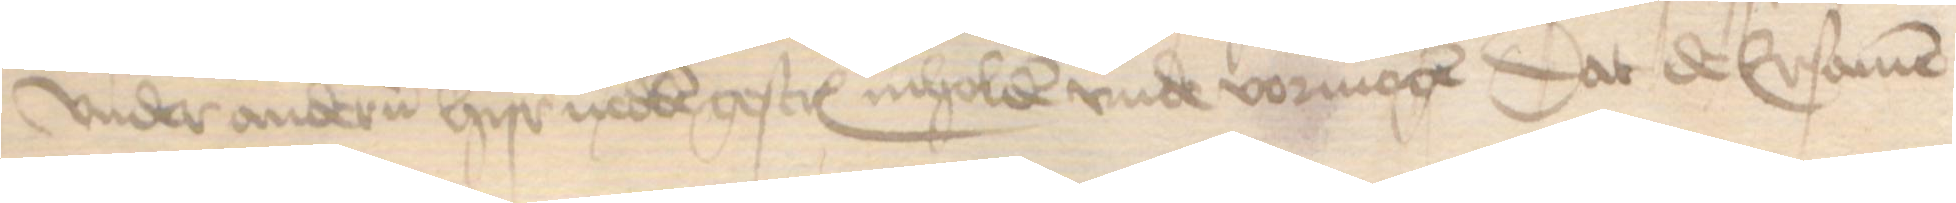
vnder anderen hyr nedden gescreuen inholden vnde vormogen dat de Ersamen